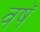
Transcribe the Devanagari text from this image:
वषॅ